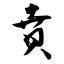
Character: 贲